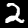
Label: 2